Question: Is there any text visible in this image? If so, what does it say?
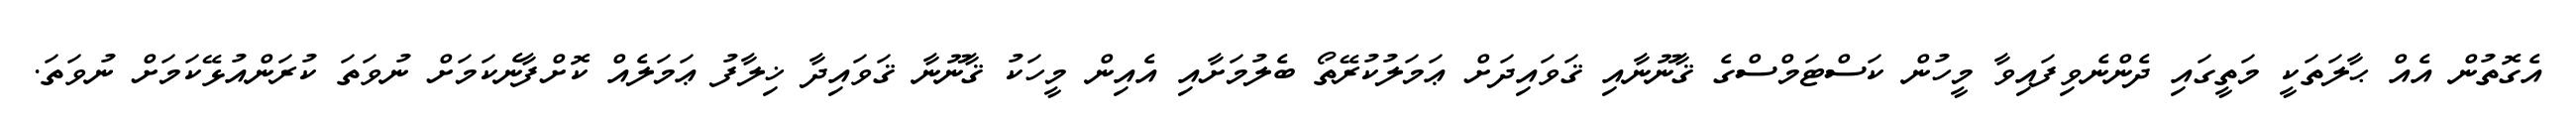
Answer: އެގޮތުން އެއް ޙާލަތަކީ މަތީގައި ދެންނެވިފައިވާ މީހުން ކަސްޓަމްސްގެ ޤާނޫނާއި ޤަވައިދަށް ޢަމަލުކުރޭތޯ ބެލުމަށާއި އެއިން މީހަކު ޤާނޫނާ ޤަވައިދާ ޚިލާފު ޢަމަލެއް ކޮށްފާނެކަމަށް ނުވަތަ ކުރަންއުޅޭކަމަށް ނުވަތަ.